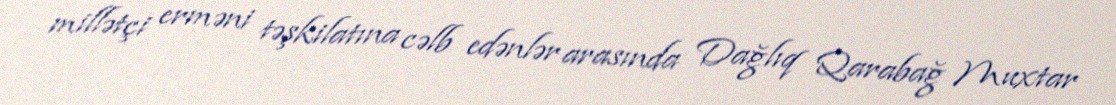
millətçi erməni təşkilatına cəlb edənlər arasında Dağlıq Qarabağ Muxtar